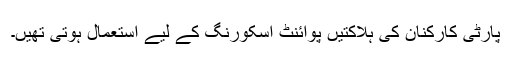
پارٹی کارکنان کی ہلاکتیں پوائنٹ اسکورنگ کے لیے استعمال ہوتی تھیں۔